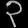
Digit: ၃